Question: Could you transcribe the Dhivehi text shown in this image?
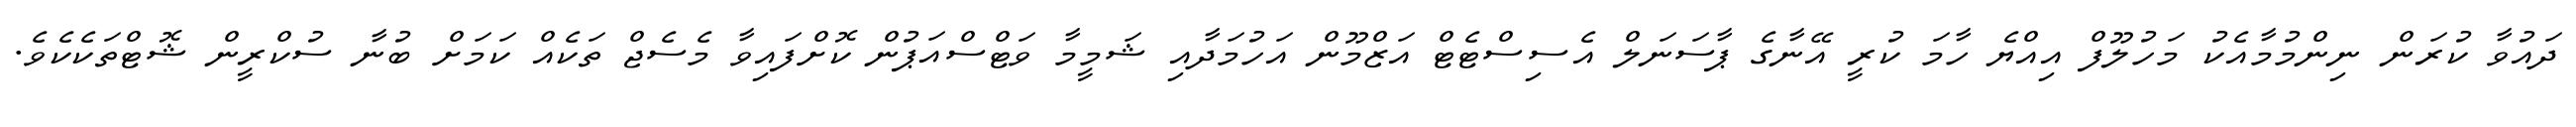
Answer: ދައުވާ ކުރަން ނިންމުމާއެކު މަހުލޫފް އިއްޔެ ހާމަ ކުރީ އޭނާގެ ޕާސަނަލް އެސިސްޓެޓް އަޒްމޫން އަހުމަދާއި ޝަމީމާ ވަޓްސްއަޕުން ކޮށްފައިވާ މެސެޖް ތަކެއް ކަމަށް ބުނާ ސުކްރީން ޝޮޓްތަކެކެވެ.